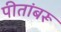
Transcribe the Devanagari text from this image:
पीतांबरू